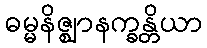
ဓမ္မနိဇ္ဈာနက္ခန္တိယာ